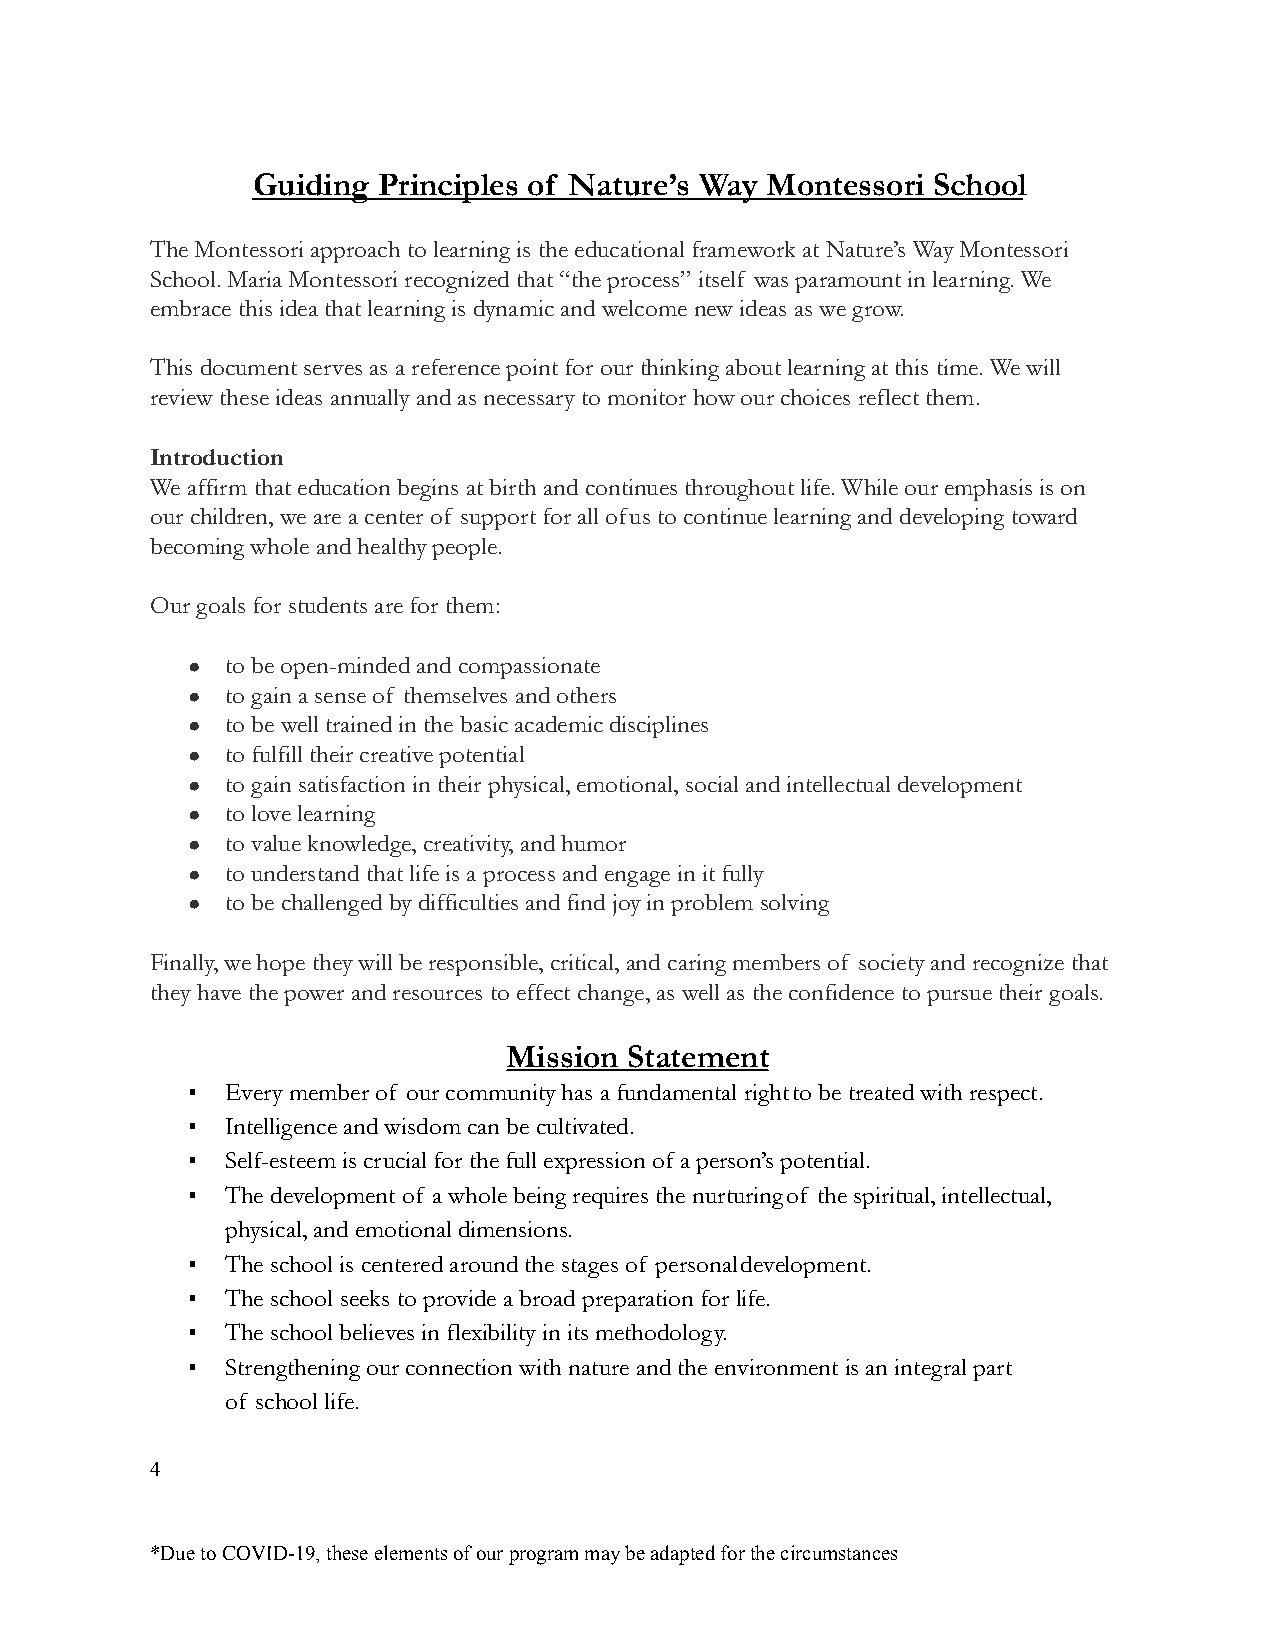
Guiding Principles of Nature’s Way Montessori School
 The Montessori approach to learning is the educationalframework at Nature’s Way Montessori
 School. Maria Montessori recognized that “the process” itself was paramount in learning. We
 embrace this idea that learning is dynamic and welcomenew ideas as we grow.
 This document serves as a reference point for our thinking about learning at this time. We will
 review these ideas annually and as necessary to monitor how our choices reflect them.
 Introduction
 We affirm that education begins at birth and continuesthroughout life. While our emphasis is on
 our children, we are a center of support for all ofus to continue learning and developing toward
 becoming whole and healthy people.
 Our goals for students are for them:
 ●  to be open-minded and compassionate
 ●  to gain a sense of themselves and others
 ●  to be well trained in the basic academic disciplines
 ●  to fulfill their creative potential
 ●  to gain satisfaction in their physical, emotional,social and intellectual development
 ●  to love learning
 ●  to value knowledge, creativity, and humor
 ●  to understand that life is a process and engage in it fully
 ●  to be challenged by difficulties and find joy in problem solving
 Finally, we hope they will be responsible, critical,and caring members of society and recognize that
 they have the power and resources to effect change, as well as the confidence to pursue their goals.
 Mission  Statement
 ▪  Every member of our community has a fundamental rightto be treated with respect.
 ▪  Intelligence and wisdom can be cultivated.
 ▪  Self-esteem is crucial for the full expression ofa person’s potential.
 ▪  The development of a whole being requires the nurturingof the spiritual, intellectual,
 physical, and emotional dimensions.
 ▪  The school is centered around the stages of personaldevelopment.
 ▪  The school seeks to provide a broad preparation for life.
 ▪  The school believes in flexibility in its methodology.
 ▪  Strengthening our connection with nature and the environmentis an integral part
 of school life.
 4
 *Due to COVID-19, these elements of our program maybe adapted for the circumstances